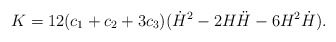
\begin{align*}K=12(c_1+c_2+3c_3)(\dot{H}^2 - 2H \ddot{H} - 6H^2 \dot{H}).\end{align*}